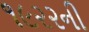
૧૯૨૨ની